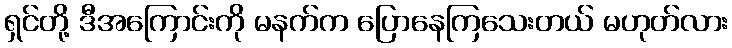
ရှင်တို့ ဒီအကြောင်းကို မနက်က ပြောနေကြသေးတယ် မဟုတ်လား